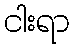
ငါးရာ